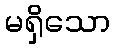
မရှိသော